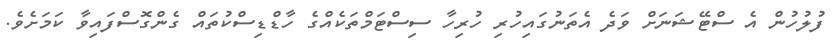
ފުލުހުން އެ ސްޓޭޝަނަށް ވަދެ އެތަނުގައިހުރި ހުރިހާ ސިސްޓަމްތަކެއްގެ ހާޑްޑިސްކުތައް ގެންގޮސްފައިވާ ކަމަށެވެ.